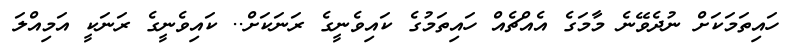
ހައިތަމަކަށް ނުދެވޭނެ މާމަގެ އެއްޗެއް ހައިތަމުގެ ކައިވެނީގެ ރަނަކަށް.. ކައިވެނީގެ ރަނަކީ އަމިއްލަ